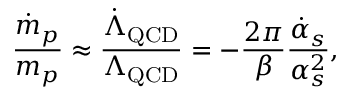
\frac { \dot { m } _ { p } } { m _ { p } } \approx \frac { \dot { \Lambda } _ { \mathrm { Q C D } } } { \Lambda _ { \mathrm { Q C D } } } = - \frac { 2 \pi } { \beta } \frac { \dot { \alpha } _ { s } } { \alpha _ { s } ^ { 2 } } ,